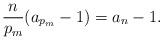
LaTeX: \begin{align*} \frac{n}{p_m}(a_{p_m} - 1) = a_n - 1.\end{align*}